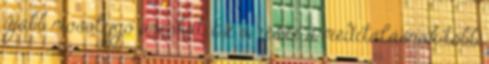
újabb mosolygó arcokat. Ez a része a meditálásnak több